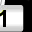
Digit: 1